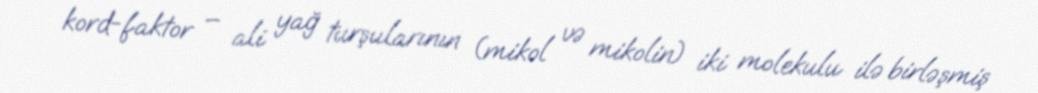
kord-faktor – ali yağ turşularının (mikol və mikolin) iki molekulu ilə birləşmiş